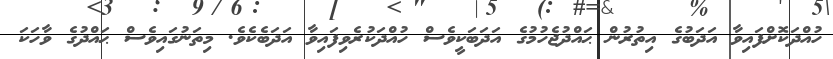
ހުއްދަކޮށްފައިވާ އަދަބުގެ އިތުރުން ޙައްދުޖެހުމުގެ އަދަބަކީވެސް ހުއްދަކުރެވިފައިވާ އަދަބެކެވެ. މިތަނުގައިވެސް ޙައްދުގެ ވާހަކަ